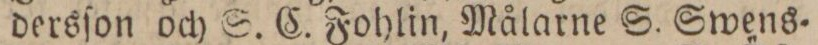
dersſon och S. C. Fohlin, Målarne S. Swens=